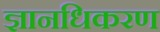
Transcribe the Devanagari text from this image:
ज्ञानधिकरण